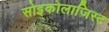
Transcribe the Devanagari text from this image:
सोइकोलाजिस्ट